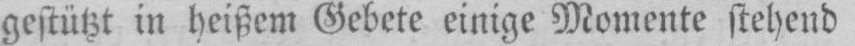
gestützt in heißem Gebete einige Momente stehend